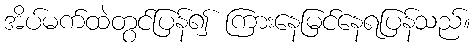
အိပ်မက်ထဲတွင်ပြန်၍ ကြားနေမြင်နေရပြန်သည်။